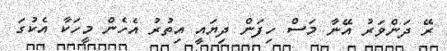
ރޭ ދަންވަރު އޭނާ މަސް ހިފަން ދިޔައީ އިތުރު އެހެން މީހަކާ އެކުގަ